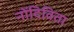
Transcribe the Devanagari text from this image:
नोंदिविता